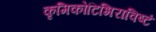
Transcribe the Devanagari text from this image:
कृमिकोटिभिराविष्टं